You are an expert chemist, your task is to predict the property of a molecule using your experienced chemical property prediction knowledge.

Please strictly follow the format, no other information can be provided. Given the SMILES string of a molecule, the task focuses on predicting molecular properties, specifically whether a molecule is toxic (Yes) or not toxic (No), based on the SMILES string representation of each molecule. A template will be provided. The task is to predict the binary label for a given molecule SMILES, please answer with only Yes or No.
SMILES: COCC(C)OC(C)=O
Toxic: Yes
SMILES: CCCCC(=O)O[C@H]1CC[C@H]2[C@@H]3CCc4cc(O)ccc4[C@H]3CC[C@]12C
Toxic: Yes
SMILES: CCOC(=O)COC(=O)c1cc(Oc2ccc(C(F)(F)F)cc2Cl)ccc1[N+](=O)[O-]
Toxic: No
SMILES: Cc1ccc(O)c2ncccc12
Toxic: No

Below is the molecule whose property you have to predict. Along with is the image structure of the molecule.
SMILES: CNC
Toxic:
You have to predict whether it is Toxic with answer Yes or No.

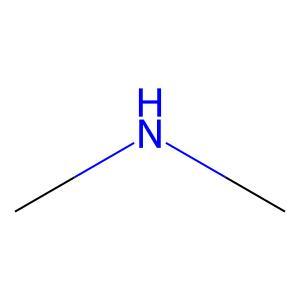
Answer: No